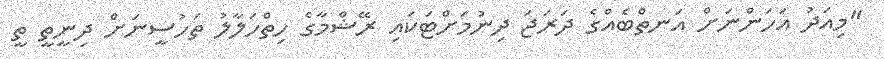
"މިއަދު އަހަންނަށް އަނތްބެއްގެ ދަރަޖަ ދިނުމަށްޓަކައި ރޭޝްމާގެ ހިތްހަލާލު ތަހުސީނަށް ދިނީތީ ތީ